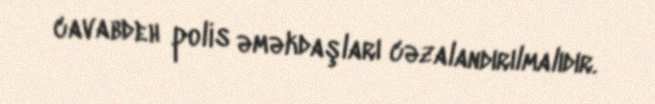
cavabdeh polis əməkdaşları cəzalandırılmalıdır.